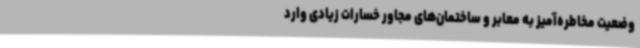
وضعیت مخاطره‌آمیز به معابر و ساختمان‌های مجاور خسارات زیادی وارد